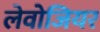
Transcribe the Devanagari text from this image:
लेवोजियर